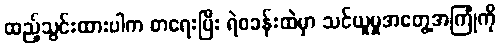
ထည့်သွင်းထားပါက စာရေးပြီး ရဲစခန်းထဲမှာ သင်ယူမှုအတွေ့အကြုံကို